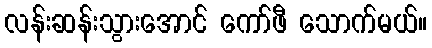
လန်းဆန်းသွားအောင် ကော်ဖီ သောက်မယ်။